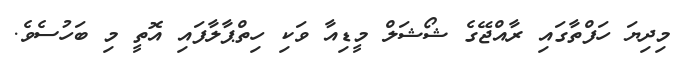
މިދިޔަ ހަފްތާގައި ރާއްޖޭގެ ޝޯޝަލް މީޑިއާ ވަކި ހިތްޕާލާފައި އޮތީ މި ބަހުސެވެ.